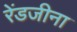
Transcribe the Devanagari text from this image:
रेंडजीना